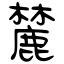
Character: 麓